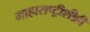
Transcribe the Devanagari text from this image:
माहाराष्ट्रीशीही